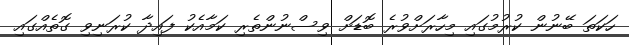
ހަކަތަ ބޭނުން ކުރުމުގައި މިހާރަށްވުރެ ބޮޑަށް ވިސްނުންތެރި ކަމާއެކު ފައިދާ ކުރަނިވި ގޮތެއްގައި